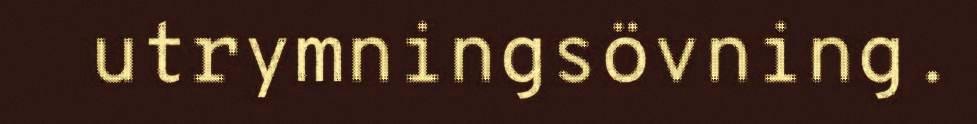
utrymningsövning.